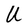
Character: U